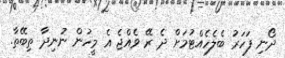
ދޯނި ފަހަރު ބެލެހެއްޓުމަށް ދެ ރޭ ވެއްޖެ އެ މީހުން ނުނިދާ ތިބޭތާ.